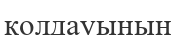
қолдауының